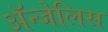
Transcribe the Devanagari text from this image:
ॲन्जेलिस